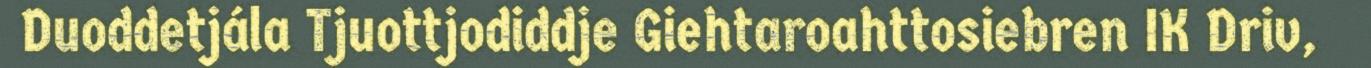
Duoddetjála Tjuottjodiddje Giehtaroahttosiebren IK Driv,